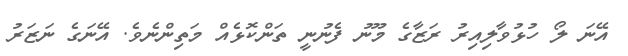
އޭނަ ލޯ ހުޅުވާލިއިރު ރަޒާގެ މޫނު ފެނުނީ ތަންކޮޅެއް މަތިންނެވެ. އޭނަގެ ނަޒަރު